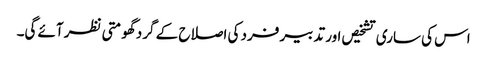
اس کی ساری تشخیص اور تدبیر فرد کی اصلاح کے گرد گھومتی نظر آئے گی۔